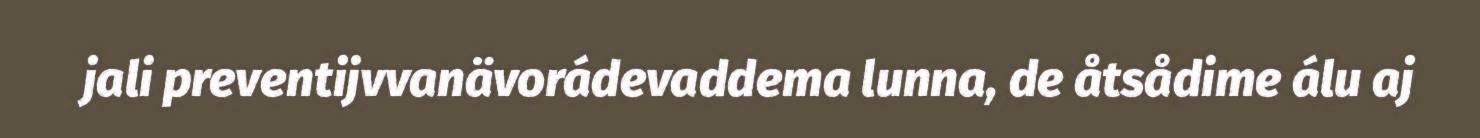
jali preventijvvanävorádevaddema lunna, de åtsådime álu aj